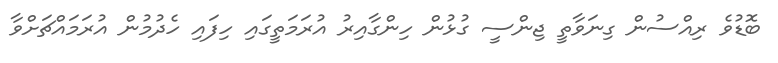
ބޮޑުވެ ރިއްސުން ގިނަވާތީ ޖިންސީ ގުޅުން ހިންގާއިރު އުރަމަތީގައި ހިފައި ހެދުމުން އުރަމައްޗަށްވާ